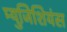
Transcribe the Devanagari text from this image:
म्युजिशियंस